Annual report on the Civil Veterinary Department, Burma (including the Insein Veterinary School) - 1932-1941
Year: 1932
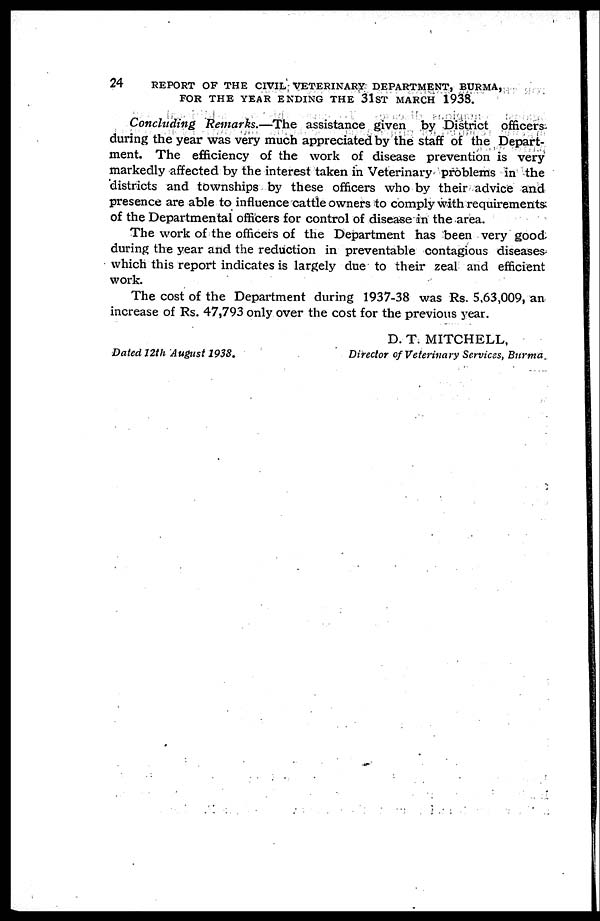
24
REPORT OF THE CIVIL VETERINARY DEPARTMENT, BURMA,
FOR THE YEAR ENDING THE 31ST MARCH 1938.
Concluding Remarks.—The assistance given by District officers
during the year was very much appreciated by the staff of the Depart-
ment. The efficiency of the work of disease prevention is very
markedly affected by the interest taken in Veterinary problems in the
districts and townships by these officers who by their advice and
presence are able to influence cattle owners to comply with requirements
of the Departmental officers for control of disease in the area.
The work of the officers of the Department has been very good
during the year and the reduction in preventable contagious diseases
which this report indicates is largely due to their zeal and efficient
work.
The cost of the Department during 1937-38 was Rs. 5,63,009, an
increase of Rs. 47,793 only over the cost for the previous year.
D. T. MITCHELL.
Dated 12th August 1938.
Director of Veterinary Services, Burma.